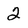
Character: 2